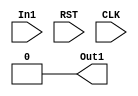
module FSM(
  input In1,
  input RST,
  input CLK, 
  output Out1
);
	reg [2:0]state;
	
	always@(posedge CLK or posedge RST)
		begin
			if (RST == 1'b1)
				begin
					state <= 3'b000;
				end	
			else begin
				case(state)
				3'b000: 
					begin
						if (In1 == 1'b1)
							begin
							state <= 3'b010; 
							end
						else 
							begin
							state <= 3'b000; 
							end
					end
						
				3'b010: 
					begin
						if (In1 == 1'b1)
							begin
							state <= 3'b010; 
							end
						else 
							begin
							state <= 3'b100; 
							end
					end
						
				3'b100: 
					begin
						if (In1 == 1'b1)
							begin
							state <= 3'b000; 
							end
						else 
							begin
							state <= 3'b100; 
							end
					end
				
				default:
					begin
					state <= 3'b000;
					end
				endcase
			end
		end
	assign Out1 = state? 3'b100 : 0;
endmodule